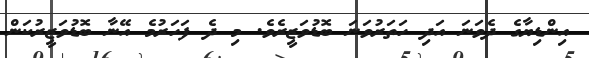
އިންޑިޔާގެ ދެވަނަ އަދި ހަތަރުވަނަ ބޮޑުވަޒީރެވެ. މި ދެ ފަހަރުމެ އޭނާ ބޮޑުވަޒީރުކަން